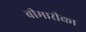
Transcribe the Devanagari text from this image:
बीमारीका